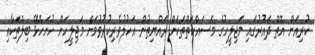
ކުރިއަށް އޮތް ދައުރުގައި މަޖިލީހުގެ މަސައްކަތްތަކަށް ރައްޔިތުން އަހުލުވެރިކުރުވުމަށް މަޖިލީހަށް ހުށަހެޅޭ ބިލްތަކާއި